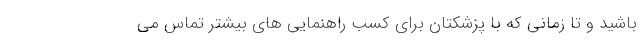
باشید و تا زمانی که با پزشکتان برای کسب راهنمایی های بیشتر تماس می